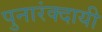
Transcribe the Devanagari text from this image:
पुनारंक्दायी